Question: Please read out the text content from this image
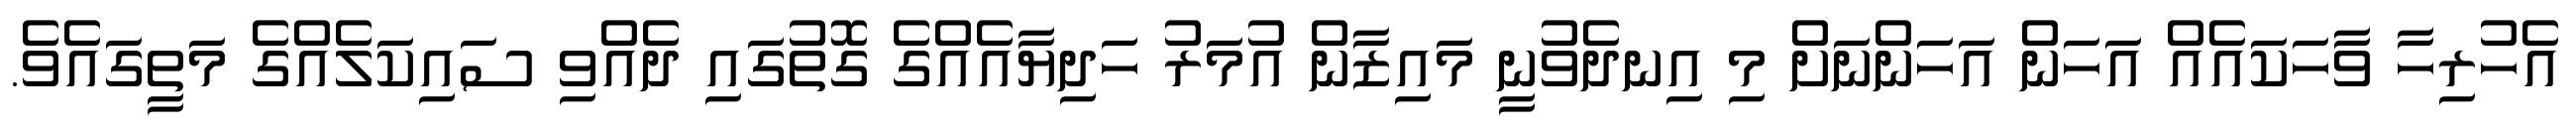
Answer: އެހުރިހާ ވާހަކައެއް އަހަން އަހަންނަށް މި އިނދެވުނީ މައިޒާން އުމަރު ހަދިޔާއެއްގެ ގޮތުގައި ދެއްވި ސައިކަލެއްގެ މަތީގައެވެ.